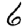
Digit: 6